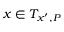
x \in T _ { x ^ { \prime } , P }